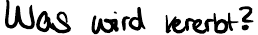
Was wird vererbt?